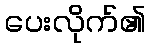
ပေးလိုက်၏